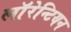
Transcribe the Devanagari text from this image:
लाॅरेन्टियन